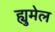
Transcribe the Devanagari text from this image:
ह्युमेल